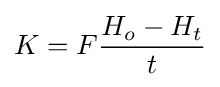
K=F{\frac {H_{o}-H_{t}}{t}}